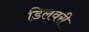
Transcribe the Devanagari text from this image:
डिलवरी